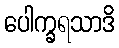
ပေါက္ခရသာဒိ